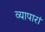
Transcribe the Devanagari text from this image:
व्यापारां